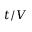
t / V